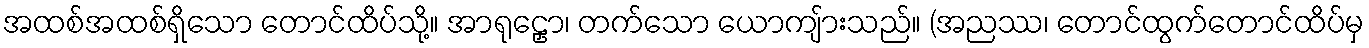
အထစ်အထစ်ရှိသော တောင်ထိပ်သို့။ အာရုဠှော၊ တက်သော ယောကျ်ားသည်။ (အညဿ၊ တောင်ထွက်တောင်ထိပ်မှ